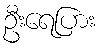
ဦးရေပြား